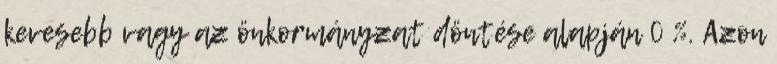
kevesebb vagy az önkormányzat döntése alapján 0 %. Azon